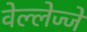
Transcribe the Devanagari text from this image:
वेल्लेज्जे